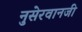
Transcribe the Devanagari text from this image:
नुसेरवानजी